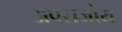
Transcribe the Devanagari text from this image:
अपराजोय